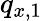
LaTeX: q_{x,1}